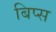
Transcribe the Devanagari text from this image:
बिप्स